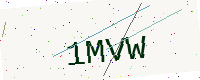
Text: 1MVW